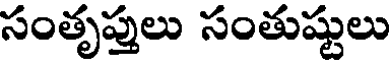
సంతృప్తులు సంతుష్టులు